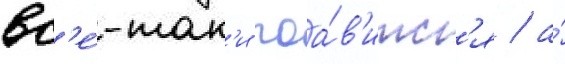
вс'е́-так'и поа́в'итс'я / а́